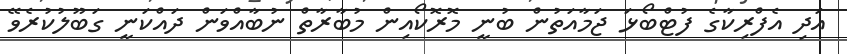
އަދި އެފްރިކާގެ ފުޓްބޯޅަ ޖަމާއަތުން ބުނީ މޮރޮކޯއިން މުބާރާތް ނުބާއްވަން ދައްކަނީ ގަބޫލުކުރެވޭ